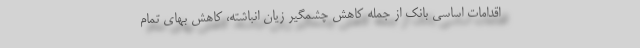
اقدامات اساسی بانک از جمله کاهش چشمگیر زیان انباشته، کاهش بهای تمام